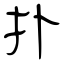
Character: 扑